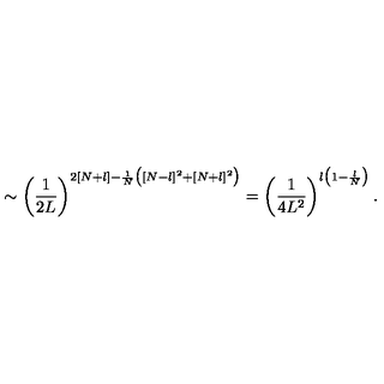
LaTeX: \sim \left( \frac { 1 } { 2 L } \right) ^ { 2 [ N + l ] - \frac { 1 } { N } \big ( [ N - l ] ^ { 2 } + [ N + l ] ^ { 2 } \big ) } = \left( \frac { 1 } { 4 L ^ { 2 } } \right) ^ { l \big ( 1 - \frac { l } { N } \big ) } .